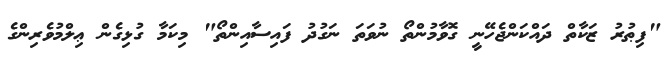
"ފިޠުރު ޒަކާތް ދައްކަންޖެހޭނީ ގޮވާމުންތޯ ނުވަތަ ނަގުދު ފައިސާއިންތޯ" މިކަމާ ގުޅިގެން ޢިލްމުވެރިންގެ